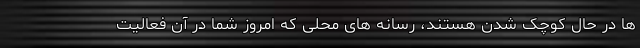
ها در حال کوچک شدن هستند، رسانه های محلی که امروز شما در آن فعالیت